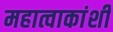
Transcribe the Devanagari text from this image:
महात्वाकांशी